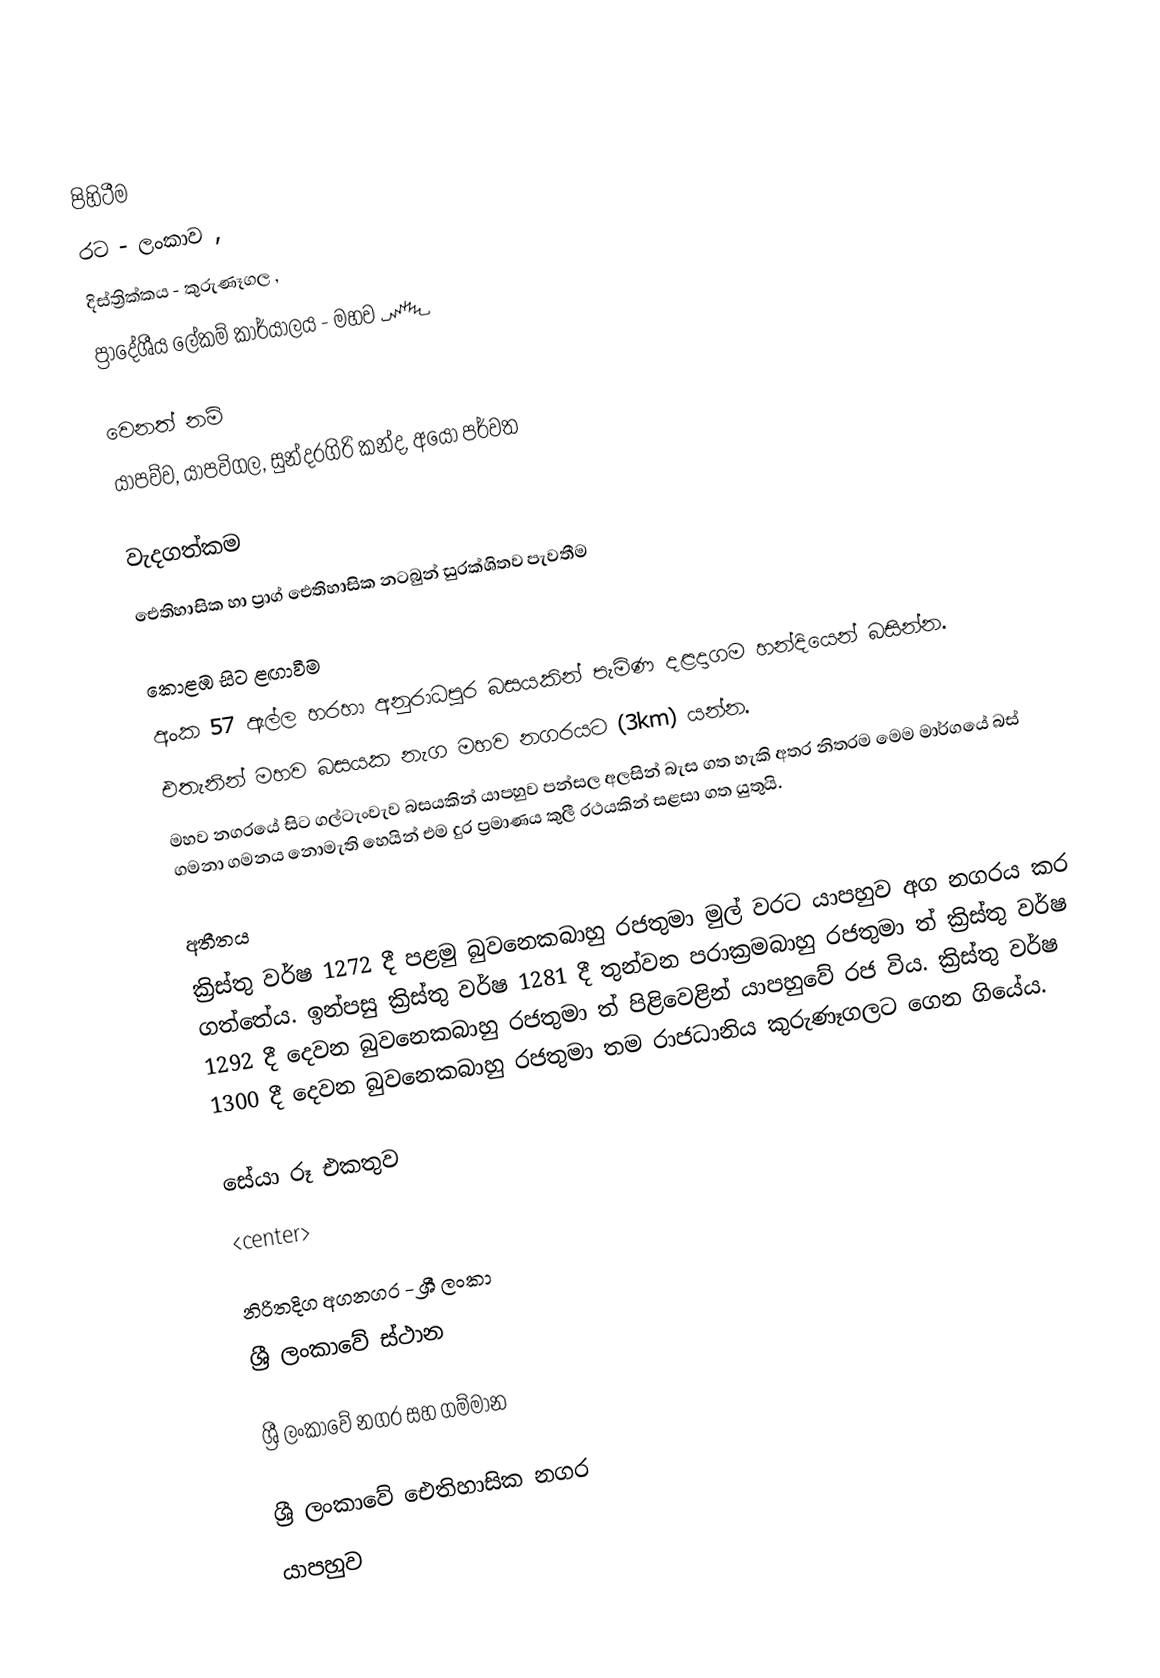

පිහිටීම
රට          - ලංකාව ,
දිස්ත්‍රික්කය - කුරුණෑගල ,
ප්‍රාදේශීය ලේකම් කාර්යාලය  - මහව ෴

වෙනත් නම්
යා‍පව්ව, යාපවිගල, සුන්දරගිරි කන්ද, අයෝ පර්වත

වැදගත්කම
ඓතිහාසික හා ප්‍රාග් ඓතිහාසික නටබුන් සුරක්ශිතව පැවතීම

කොළඹ සිට ළඟාවීම
අංක 57 ඇල්ල හරහා අනුරාධපුර බසයකින් පැමිණ දළදාගම හන්දියෙන් බසින්න.
එතැනින් මහව බසයක නැග මහව නගරයට (3km) යන්න.
මහව නගරයේ සිට ගල්ටැංවැව බසයකින් යාපහුව පන්සල අලසින් බැස ගත හැකි අතර නිතරම මෙම මාර්ගයේ බස් ගමනා ගමනය නොමැති හෙයින් එම දුර ප්‍රමාණය කුලී රථයකින් සළසා ගත යුතුයි.

අතීතය
ක්‍රිස්තු වර්ෂ 1272 දී පළමු බුවනෙකබාහු රජතුමා මුල් වරට යාපහුව අග නගරය කර ගත්තේය. ඉන්පසු ක්‍රිස්තු වර්ෂ 1281 දී තුන්වන පරාක්‍රමබාහු රජතුමා ත් ක්‍රිස්තු වර්ෂ 1292 දී දෙවන බුවනෙකබාහු රජතුමා ත් පිළිවෙළින් යාපහුවේ රජ විය. ක්‍රිස්තු වර්ෂ 1300 දී දෙවන බුවනෙකබාහු රජතුමා තම රාජධානිය කුරුණෑගලට ගෙන ගියේය.

සේයා රූ එකතුව
<center>

නිරිතදිග අගනගර - ශ්‍රී ලංකා
ශ්‍රී ලංකාවේ ස්ථාන

ශ්‍රී ලංකාවේ නගර සහ ගම්මාන

ශ්‍රී ලංකාවේ ඓතිහාසික නගර
යාපහුව